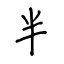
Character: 半